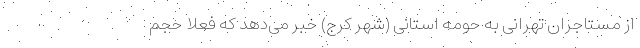
از مستاجران تهرانی به حومه استانی (شهر کرج) خبر می‌‌دهد که فعلا حجم